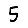
Digit: 5